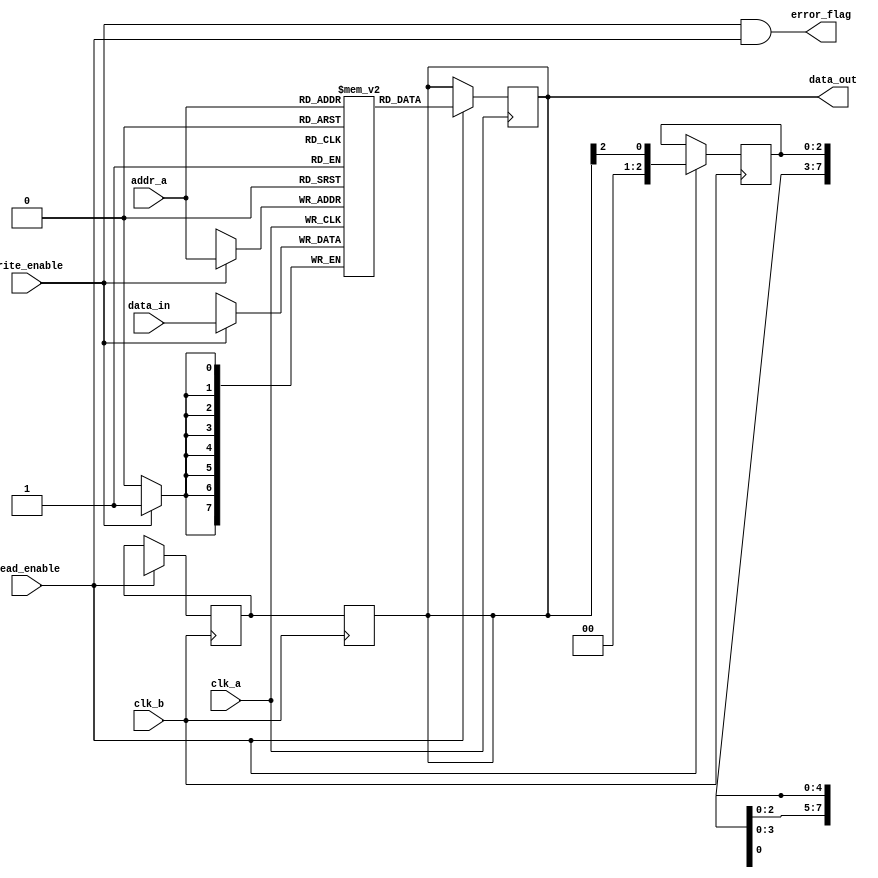
module memory_block #(parameter DATA_WIDTH = 8, 
                      parameter ADDR_WIDTH = 4, 
                      parameter DELAY_DEPTH = 3)
(
    input  wire clk_a,                   // Clock for memory access
    input  wire clk_b,                   // Clock for sync and read
    input  wire [ADDR_WIDTH-1:0] addr_a, // Address for memory
    input  wire [DATA_WIDTH-1:0] data_in, // Data input for write
    input  wire write_enable,            // Write enable signal
    output reg [DATA_WIDTH-1:0] data_out, // Data output for read
    input  wire read_enable,             // Read enable signal
    output wire error_flag                // Error flag for read/write operations
);

// Memory storage
reg [DATA_WIDTH-1:0] memory [(2**ADDR_WIDTH)-1:0];

// Safe Delay Line
reg [DELAY_DEPTH-1:0] delay_line [DATA_WIDTH-1:0];

// Handshaking signals
reg [DATA_WIDTH-1:0] delayed_data;
wire data_valid;

// Memory Write Operation
always @(posedge clk_a) begin
    if (write_enable) begin
        memory[addr_a] <= data_in;
    end
end

// Memory Read Operation
always @(posedge clk_a) begin
    if (read_enable) begin
        data_out <= memory[addr_a];
    end
end

// Safe Delay Line Implementation
genvar i;
generate
    for (i = 0; i < DATA_WIDTH; i = i + 1) begin: delay_line_gen
        always @(posedge clk_b) begin
            if (read_enable) begin
                delay_line[i] <= data_out[i];
            end
        end
    end
endgenerate

// Synchronization Logic
always @(posedge clk_b) begin
    if (read_enable) begin
        delayed_data <= {delay_line[DELAY_DEPTH-1][DATA_WIDTH-1:0]};
    end
end

// Output the delayed data
always @(posedge clk_b) begin
    data_out <= delayed_data;
end

// Error Detection Logic
assign error_flag = (write_enable && read_enable); // Simple error condition

endmodule